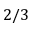
2 / 3